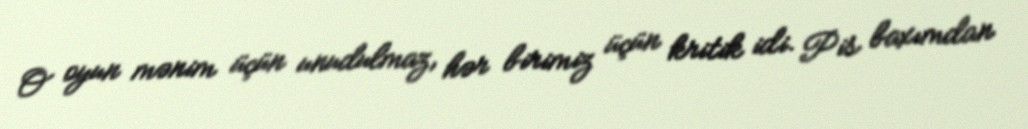
O oyun mənim üçün unudulmaz, hər birimiz üçün kritik idi. Pis baxımdan